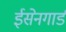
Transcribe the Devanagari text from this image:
ईसेनगार्ड